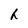
Character: h